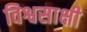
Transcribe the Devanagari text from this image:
विश्वसाक्षी